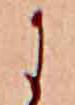
に